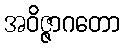
အဝိဇ္ဇာဂတော